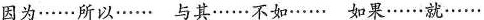
因为……所以……与其……不如……如果……就……